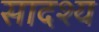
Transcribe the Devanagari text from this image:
सादश्य